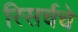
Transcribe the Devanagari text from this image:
रिसर्चचे